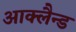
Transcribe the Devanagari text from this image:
आक्लैन्ड